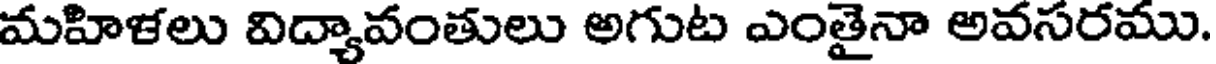
మహిళలు విద్యావంతులు అగుట ఎంతైనా అవసరము